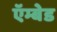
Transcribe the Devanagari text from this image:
ऍम्बेड